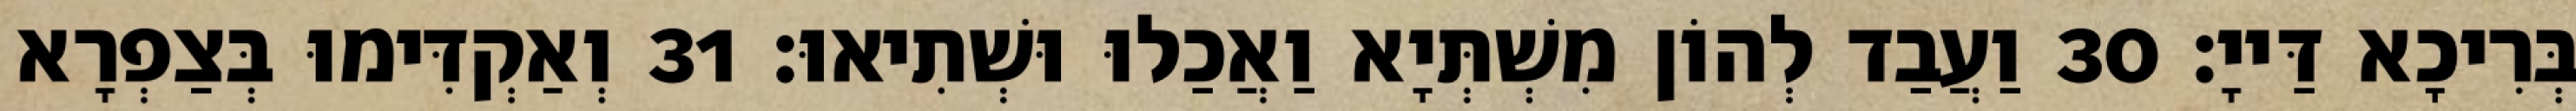
בְּרִיכָא דַּייָ׃ 30 וַעֲבַד לְהוֹן מִשְׁתְּיָא וַאֲכַלוּ וּשְׁתִיאוּ׃ 31 וְאַקְדִּימוּ בְּצַפְרָא